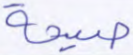
صيحة